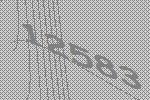
12583